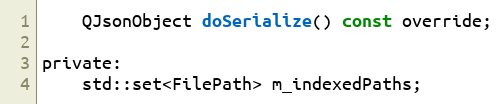
Language: C
	QJsonObject doSerialize() const override;

private:
	std::set<FilePath> m_indexedPaths;